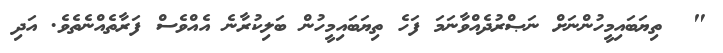
"  ތިޔަބައިމީހުންނަށް ނަޞްރުދެއްވާނަމަ ފަހެ ތިޔަބައިމީހުން ބަލިކުރާނެ އެއްވެސް ފަރާތެއްނެތެވެ. އަދި